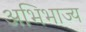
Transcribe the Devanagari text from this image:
अभिभाज्य